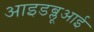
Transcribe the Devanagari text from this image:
आइडब्लूआई